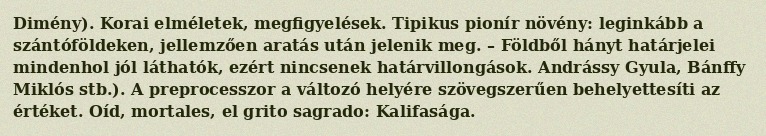
Dimény). Korai elméletek, megfigyelések. Tipikus pionír növény: leginkább a szántóföldeken, jellemzően aratás után jelenik meg. – Földből hányt határjelei mindenhol jól láthatók, ezért nincsenek határvillongások. Andrássy Gyula, Bánffy Miklós stb.). A preprocesszor a változó helyére szövegszerűen behelyettesíti az értéket. Oíd, mortales, el grito sagrado: Kalifasága.